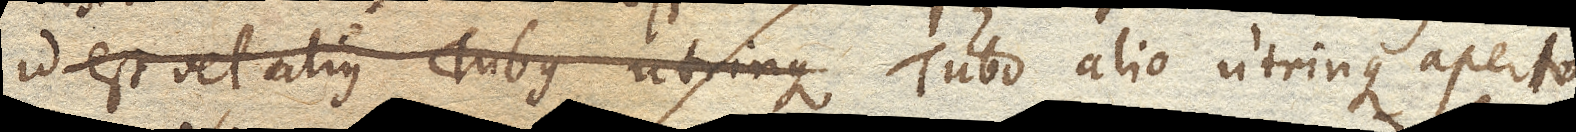
id est vel alius Tubus utrinque Tubo alio utrinque aperto